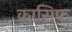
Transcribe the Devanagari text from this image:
कासिफ